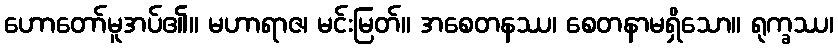
ဟောတော်မူအပ်၏။ မဟာရာဇ၊ မင်းမြတ်။ အစေတနဿ၊ စေတနာမရှိသော။ ရုက္ခဿ၊